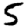
Digit: 5